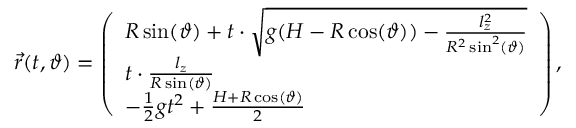
\vec { r } ( t , \vartheta ) = \left( \begin{array} { l } { R \sin ( \vartheta ) + t \cdot \sqrt { g ( H - R \cos ( \vartheta ) ) - \frac { l _ { z } ^ { 2 } } { R ^ { 2 } \sin ^ { 2 } ( \vartheta ) } } } \\ { t \cdot \frac { l _ { z } } { R \sin ( \vartheta ) } } \\ { - \frac { 1 } { 2 } g t ^ { 2 } + \frac { H + R \cos ( \vartheta ) } { 2 } } \end{array} \right) ,